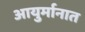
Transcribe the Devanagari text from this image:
आयुर्मानात